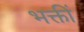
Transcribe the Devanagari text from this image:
भक्तीं